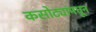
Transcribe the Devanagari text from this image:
कसोट्यांमधून